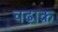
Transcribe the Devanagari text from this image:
चढ़ाक्र